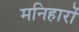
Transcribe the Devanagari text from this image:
मनिहारों